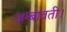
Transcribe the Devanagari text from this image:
अम्बावती।